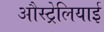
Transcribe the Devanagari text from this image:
औस्ट्रेलियाई